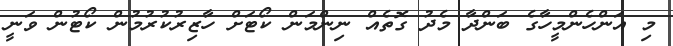
މި އަންހެންމީހާގެ ބަންދާ މެދު ގޮތެއް ނިންމަން ކޯޓަށް ހާޒިރުކުރުމުން ކޯޓުން ވަނީ